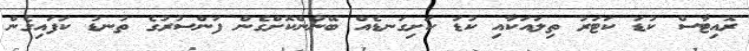
ރޮއިޓާސް ކުޑަ ކަޓަރު ތިލައަކާއި ކުޑަ ކަށިގަނޑެއް ބޭނުންކޮށްގެން ފަންސުރުގެ ތުނޑު ކަފައިގެން